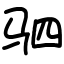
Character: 驷